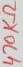
Text: 470KΩ